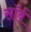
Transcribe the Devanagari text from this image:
सॉर्ब